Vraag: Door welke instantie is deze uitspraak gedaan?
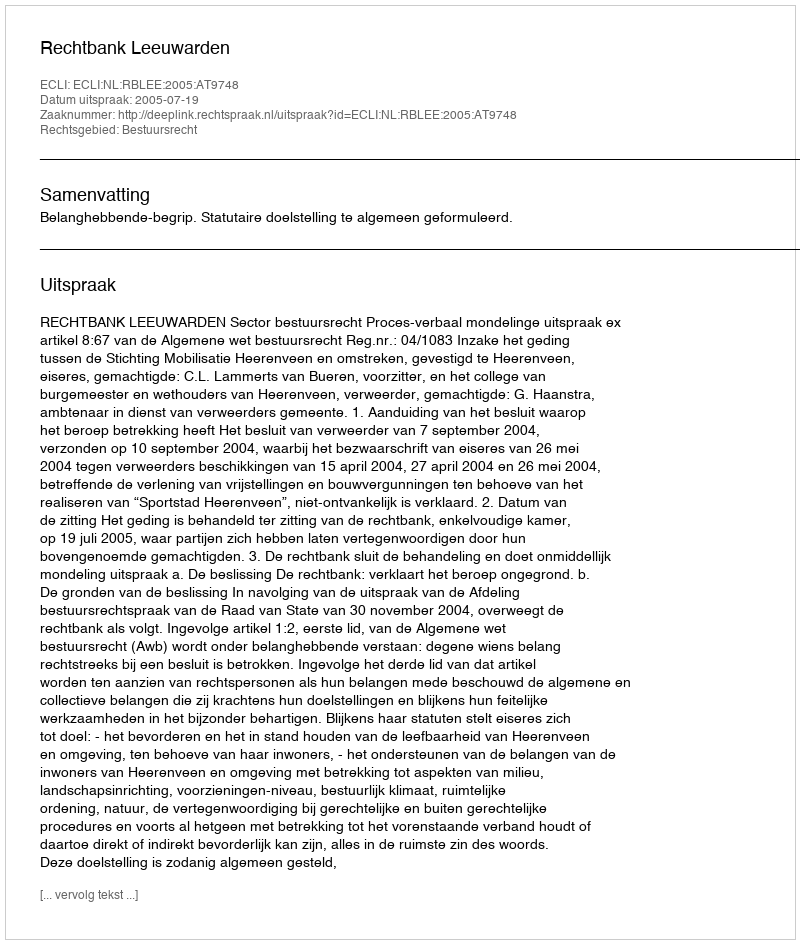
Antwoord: Rechtbank Leeuwarden